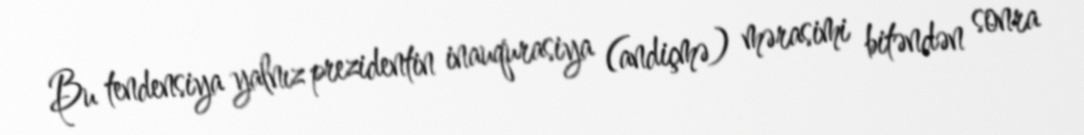
Bu tendensiya yalnız prezidentin inauqurasiya (andiçmə) mərasimi bitəndən sonra